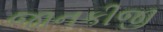
જાનકીજી